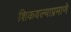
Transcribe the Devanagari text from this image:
शिकवल्याप्रमाणे